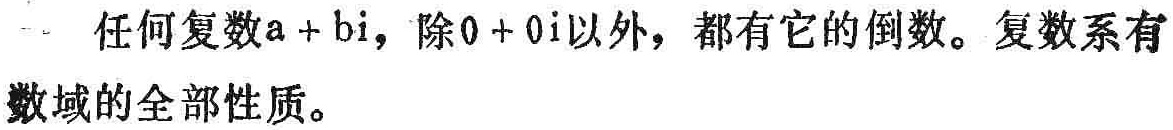
任何复数\(a + bi\)，除\(0 + 0i\)以外，都有它的倒数。复数系有数域的全部性质。